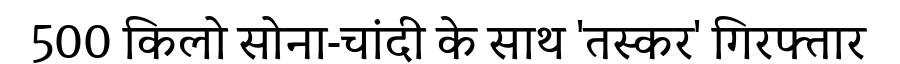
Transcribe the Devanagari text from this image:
500 किलो सोना-चांदी के साथ 'तस्कर' गिरफ्तार